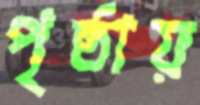
পৃষ্ঠায়